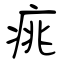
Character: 𤶃